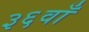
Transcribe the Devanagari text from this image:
३६वाँ